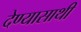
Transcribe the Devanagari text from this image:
देण्यासाथी